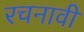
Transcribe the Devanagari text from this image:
रचनावी